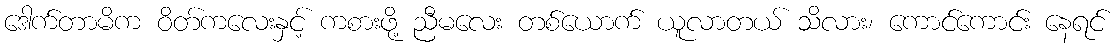
ဒေါက်တာမိက ဝိတ်ကလေးနှင့် ကစားဖို့ ညီမလေး တစ်ယောက် ယူလာတယ် သိလား၊ ကောင်ကောင်း နေရင်